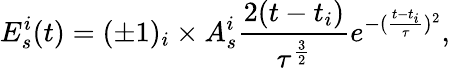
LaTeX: E_{s}^{i}(t)=(\pm 1)_{i}\times A_{s}^{i}\frac{2(t-t_{i})}{\tau^{\frac{3}{2}}}e^{-(\frac{t-t_{i}}{\tau})^{2}},